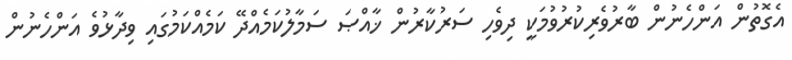
އެގޮތުން އަންހެނުން ބާރުވެރިކުރުވުމަކީ ދިވެހި ސަރުކާރުން ޚާއްޞަ ސަމާލުކަމެއްދޭ ކަމެއްކަމުގައި ވިދާޅުވެ އަންހެނުން